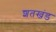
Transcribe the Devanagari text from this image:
शतखंड